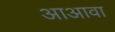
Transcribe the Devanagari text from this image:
आअावा